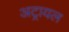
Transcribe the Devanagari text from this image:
अट्रायल